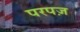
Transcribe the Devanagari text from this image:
परपज़